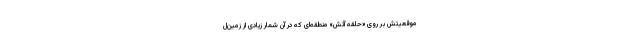
موقعیتش بر روی «حلقهٔ آتش» منطقه‌ای که در آن شمار زیادی از زمین‌ل